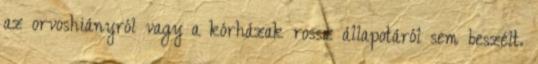
az orvoshiányról vagy a kórházak rossz állapotáról sem beszélt.